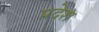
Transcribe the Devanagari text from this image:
प्रदेश्‍ा